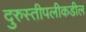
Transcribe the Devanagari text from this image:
दुरुस्तीपलीकडील